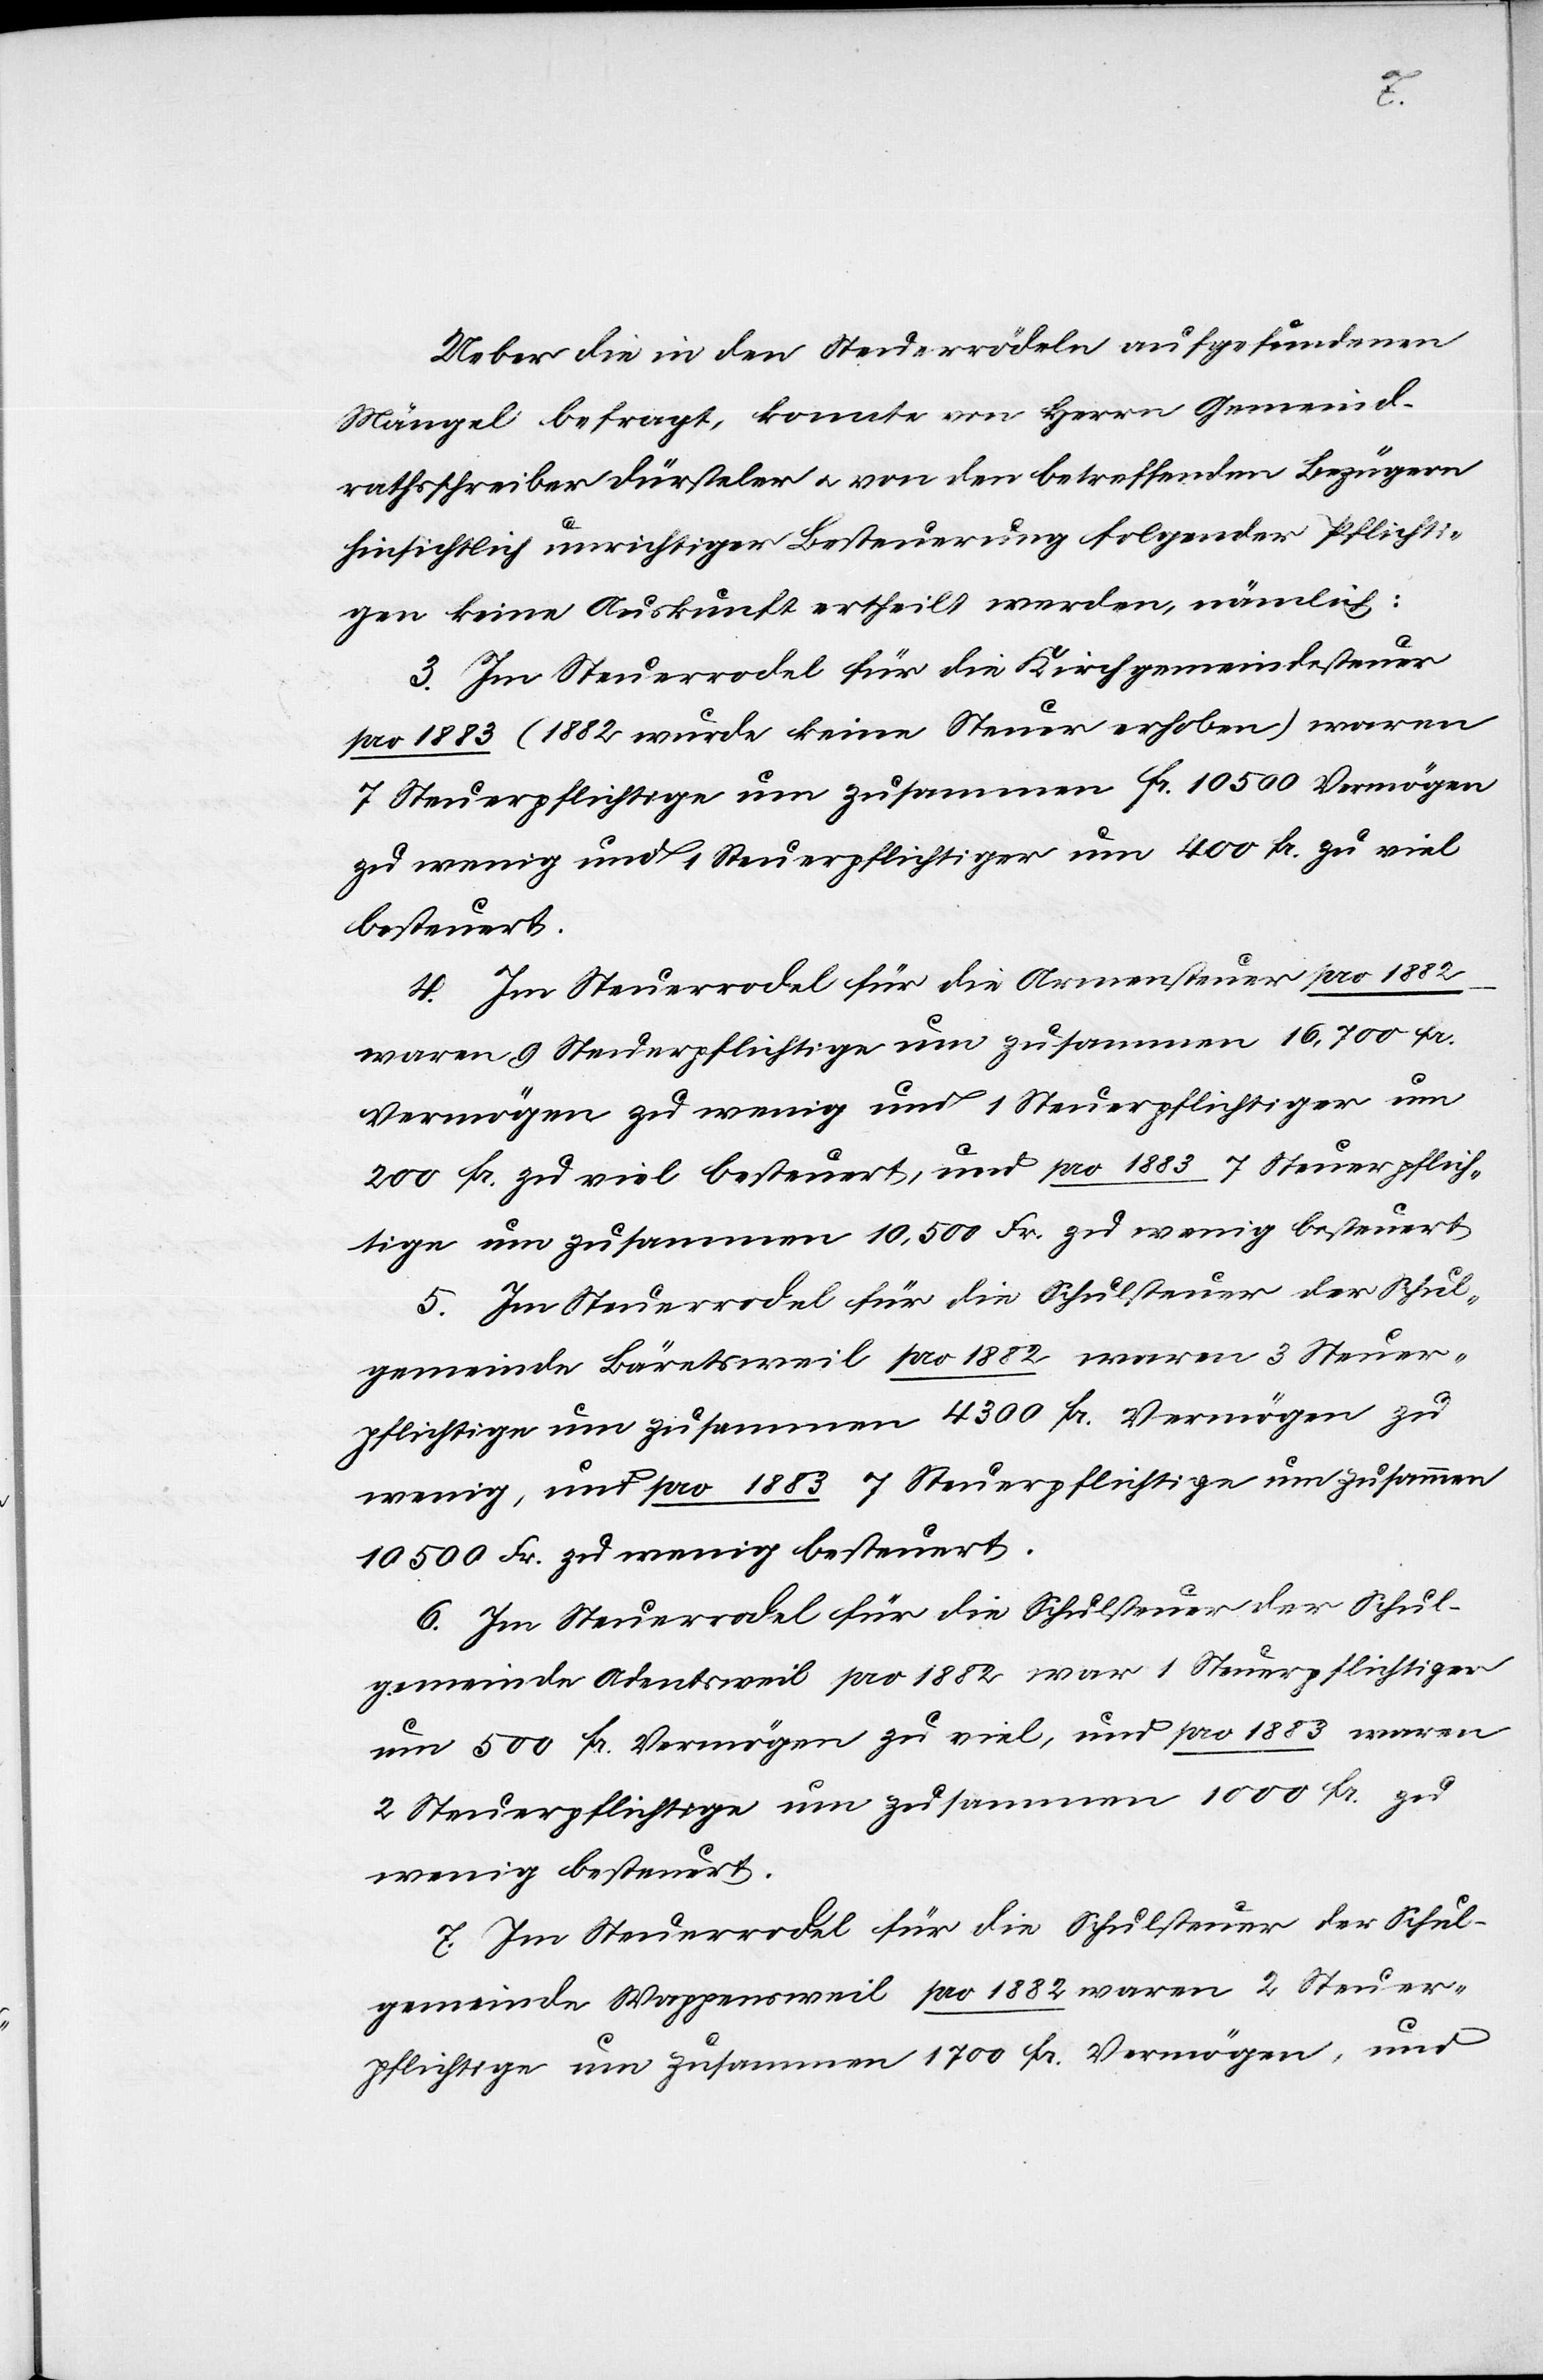
Hr.